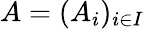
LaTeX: A=(A_{i})_{i\in{I}}